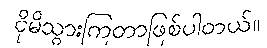
ငိုမိသွားကြတာဖြစ်ပါတယ်။